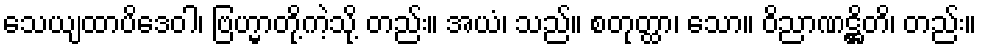
သေယျထာပိဒေဝါ၊ ဗြဟ္မာတို့ကဲ့သို့ တည်း။ အယံ၊ သည်။ စတုတ္ထာ၊ သော။ ဝိညာဏဋ္ဌိတိ၊ တည်း။